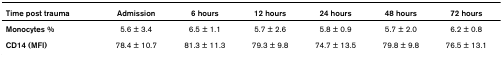
<table><thead><tr><td><b>Time post trauma</b></td><td><b>Admission</b></td><td><b>6 hours</b></td><td><b>12 hours</b></td><td><b>24 hours</b></td><td><b>48 hours</b></td><td><b>72 hours</b></td></tr></thead><tbody><tr><td><b>Monocytes %</b></td><td>5.6 ± 3.4</td><td>6.5 ± 1.1</td><td>5.7 ± 2.6</td><td>5.8 ± 0.9</td><td>5.7 ± 2.0</td><td>6.2 ± 0.8</td></tr><tr><td><b>CD14 (MFI)</b></td><td>78.4 ± 10.7</td><td>81.3 ± 11.3</td><td>79.3 ± 9.8</td><td>74.7 ± 13.5</td><td>79.8 ± 9.8</td><td>76.5 ± 13.1</td></tr></tbody></table>